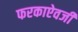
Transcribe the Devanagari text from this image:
फरकाऐवजी